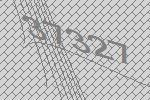
37327